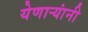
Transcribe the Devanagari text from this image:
येणार्‍यांनी